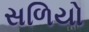
સળિયો